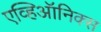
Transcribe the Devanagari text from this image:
एव्हिऑनिक्स